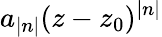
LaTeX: a_{|n|}(z-z_{0})^{|n|}